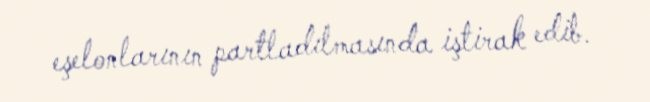
eşelonlarının partladılmasında iştirak edib.